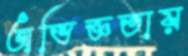
অভিজ্ঞতায়